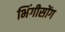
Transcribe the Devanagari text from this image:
भिंगीसोंग